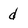
Character: d